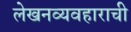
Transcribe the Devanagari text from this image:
लेखनव्यवहाराची